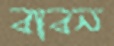
বাবন